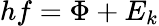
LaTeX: hf=\Phi+E_{k}